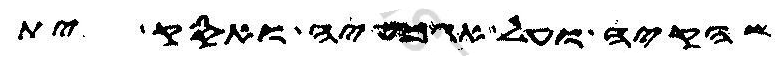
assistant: שהקיה ועל אגמעיה ואסק ית